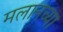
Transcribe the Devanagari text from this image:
मलानच्या